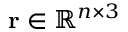
\mathbf { r } \in \mathbb { R } ^ { n \times 3 }